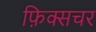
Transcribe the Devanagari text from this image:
फ़िक्सचर